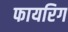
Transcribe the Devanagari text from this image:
फायरिग